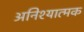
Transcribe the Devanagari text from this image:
अनिश्यात्मक